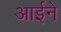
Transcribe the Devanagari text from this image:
आर्इने